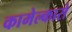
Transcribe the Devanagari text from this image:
कामेल्कासे